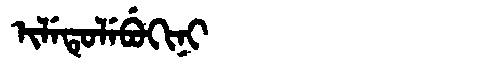
Manchu: ᡳᠯᡝᡨᡠᠯᡝᠪᡠᡴᡳᠨᡳ
Romanization: ILETULEBUKINI